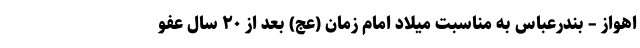
اهواز – بندرعباس به مناسبت میلاد امام زمان (عج) بعد از ۲۰ سال عفو